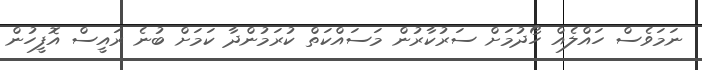
ނަމަވެސް ހައްލެއް ހޯދުމަށް ސަރުކާރުން މަސައްކަތް ކުރަމުންދާ ކަމަށް ބުނެ ރައީސް އޮފީހުން